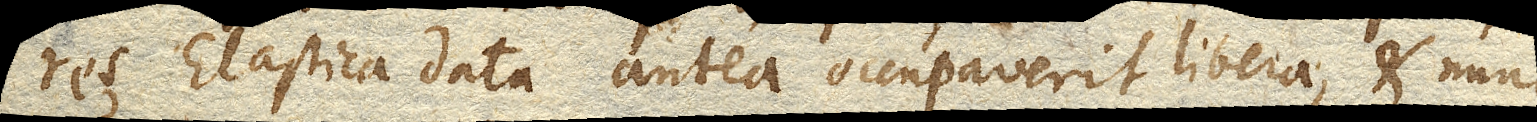
res Elastica data antea occupaverit libera, & nunc